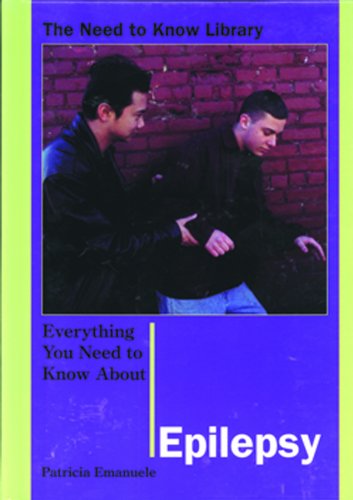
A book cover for Everything You Need to Know About Epilepsy (Need to Know Library); Patricia Emanuele; Health, Fitness & Dieting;